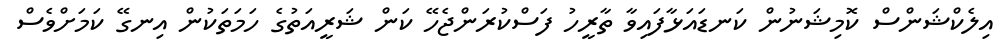
އިލެކްޝަންސް ކޮމިޝަނުން ކަނޑައަޅާފައިވާ ތާރީހު ފަސްކުރަންޖެހޭ ކަން ޝަރީއަތުގެ ހަަމަތަކުން އިނގޭ ކަމަށްވެސް